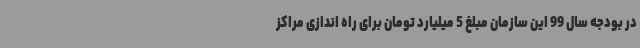
در بودجه سال 99 این سازمان مبلغ 5 میلیارد تومان برای راه اندازی مراکز